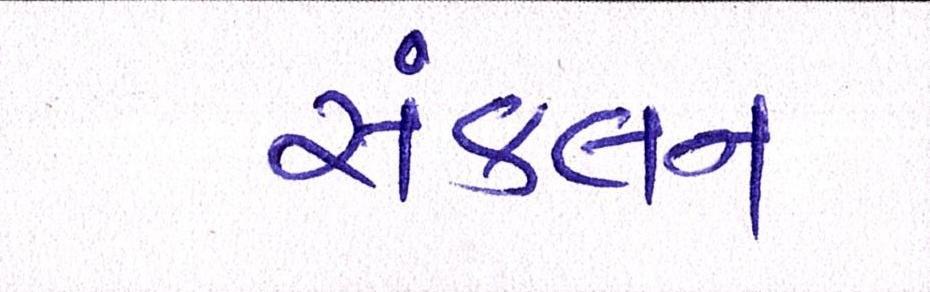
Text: સંકલન